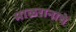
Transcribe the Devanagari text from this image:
माळरानाचे